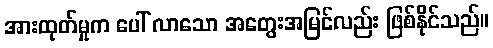
အားထုတ်မှုက ပေါ် လာသော အတွေးအမြင်လည်း ဖြစ်နိုင်သည်။